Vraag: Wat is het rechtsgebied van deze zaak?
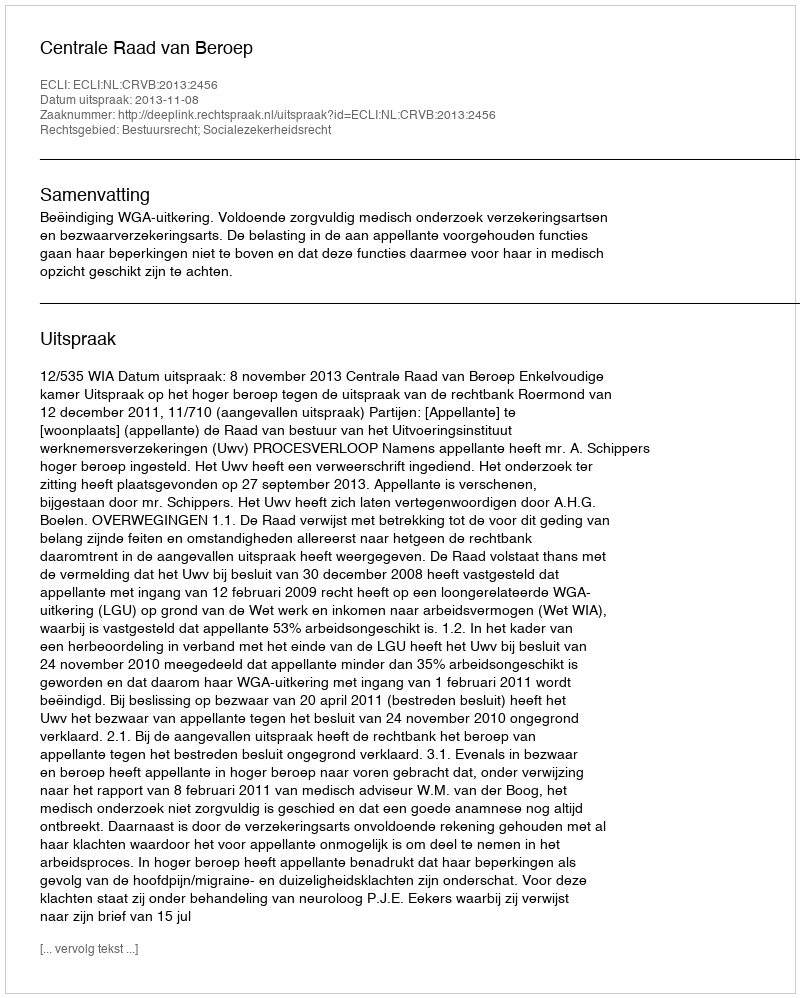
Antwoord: Bestuursrecht; Socialezekerheidsrecht